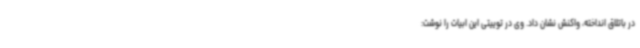
در باتلاق انداخته، واکنش نشان داد. وی در توییتی این ابیات را نوشت: